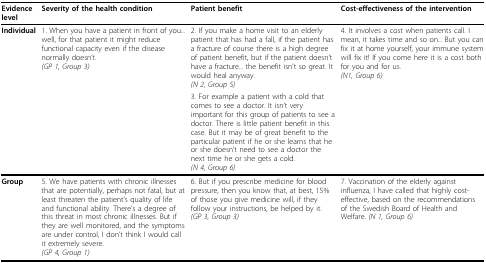
<table><thead><tr><td><b>Evidence level</b></td><td><b>Severity of the health condition</b></td><td><b>Patient benefit</b></td><td><b>Cost-effectiveness of the intervention</b></td></tr></thead><tbody><tr><td><b>Individual</b></td><td>1. When you have a patient in front of you... well, for that patient it might reduce functional capacity even if the disease normally doesn&#x27;t.<i>(GP 1, Group 3)</i></td><td>2. If you make a home visit to an elderly patient that has had a fall, if the patient has a fracture of course there is a high degree of patient benefit, but if the patient doesn&#x27;t have a fracture... the benefit isn&#x27;t so great. It would heal anyway.<i>(N 2, Group 5)</i></td><td>4. It involves a cost when patients call. I mean, it takes time and so on... But you can fix it at home yourself, your immune system will fix it! If you come here it is a cost both for you and for us.<i>(N1, Group 6)</i></td></tr><tr><td></td><td></td><td>3. For example a patient with a cold that comes to see a doctor. It isn&#x27;t very important for this group of patients to see a doctor. There is little patient benefit in this case. But it may be of great benefit to the particular patient if he or she learns that he or she doesn&#x27;t need to see a doctor the next time he or she gets a cold.<i>(N 4, Group 6)</i></td><td></td></tr><tr><td><b>Group</b></td><td>5. We have patients with chronic illnesses that are potentially, perhaps not fatal, but at least threaten the patient&#x27;s quality of life and functional ability. There&#x27;s a degree of this threat in most chronic illnesses. But if they are well monitored, and the symptoms are under control, I don&#x27;t think I would call it extremely severe.<i>(GP 4, Group 1)</i></td><td>6. But if you prescribe medicine for blood pressure, then you know that, at best, 15% of those you give medicine will, if they follow your instructions, be helped by it.<i>(GP 3, Group 3)</i></td><td>7. Vaccination of the elderly against influenza, I have called that highly cost-effective, based on the recommendations of the Swedish Board of Health and Welfare. <i>(N 1, Group 6)</i></td></tr></tbody></table>